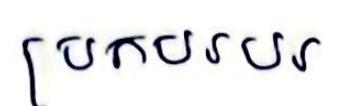
ប្រកបរបរ